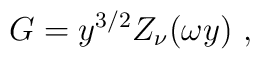
G= y^{3/2} Z_\nu (\omega y)\ ,